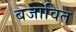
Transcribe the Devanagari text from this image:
बजावित